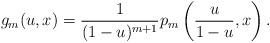
LaTeX: \begin{align*} g_m(u,x) = \frac{1}{(1-u)^{m+1}}p_m\left(\frac{u}{1-u},x\right).\end{align*}